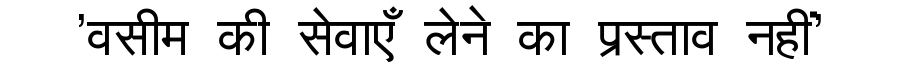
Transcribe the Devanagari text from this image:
'वसीम की सेवाएँ लेने का प्रस्ताव नहीं'